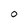
Character: 0